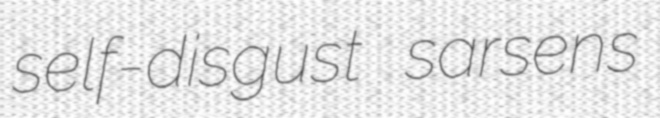
self-disgust sarsens